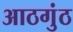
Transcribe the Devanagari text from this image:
आठगुंठ